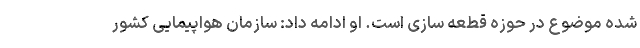
شده موضوع در حوزه قطعه سازی است. او ادامه داد: سازمان هواپیمایی کشور